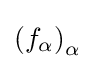
\left(f_{\alpha }\right)_{\alpha }